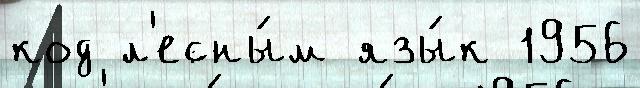
код л'есны́м язы́к 1956